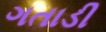
ગતાડી